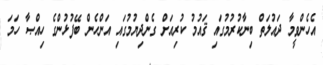
އެހެންވީމާ ދައުލަތް ބިނާކުރުމުގައި ޤައުމު ކުރިއަށް ގެންދިޔުމުގައި އަންހެން ބޭފުޅުންގެ ހިއްޞާ ހަމަ